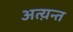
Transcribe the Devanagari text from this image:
अत्य़न्त